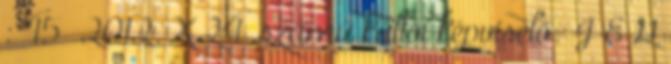
: 45 2012. X.24. számú kállói képviselő- J E G